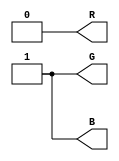
module RGB(R,G,B);

output reg R,G,B;


always@(*)

begin
   
    R= 1'b0;
    G= 1'b1;
    B= 1'b1;
end

endmodule